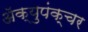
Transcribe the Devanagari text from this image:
ॲक्युपंक्चर